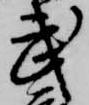
武